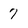
Character: 7